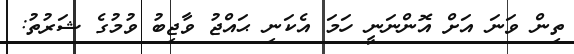
ތިން ވަނަ އަށް އޮންނަނީ ހަަމަ އެކަނި ޙައްޖު ވާޖިބު ވުމުގެ ޝަރުތު: